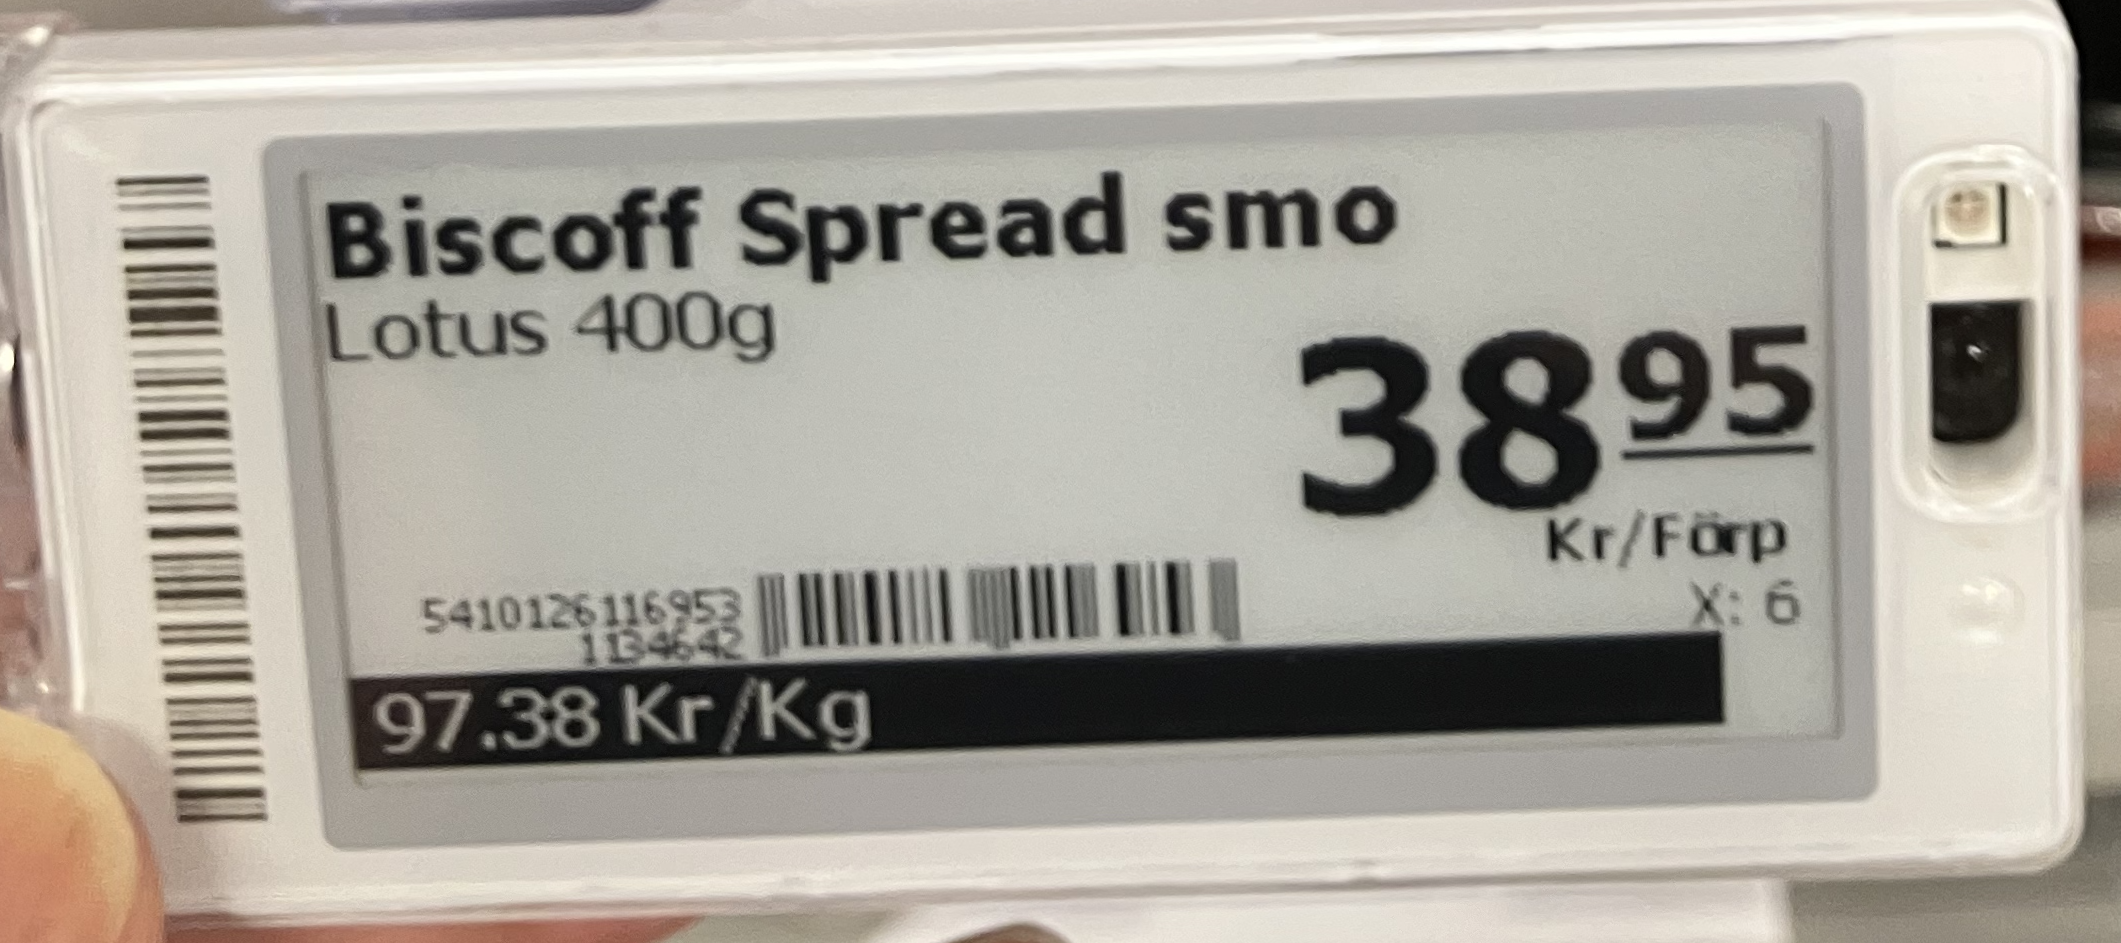
Vara: Biscoff Spread smo
Genomsnittspris: 97.38 per kg